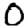
Digit: 0